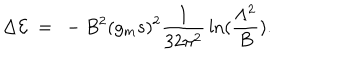
LaTeX: \Delta { \cal E } ~ = ~ - B ^ { 2 } ( g _ { m } s ) ^ { 2 } { \frac { 1 } { 3 2 \pi ^ { 2 } } } \ln ( { \frac { \Lambda ^ { 2 } } { B } } ) .